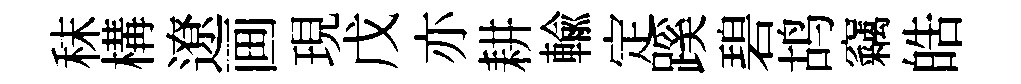
秣構遼画現戊亦耕輸定蹊碧鸪竊皓